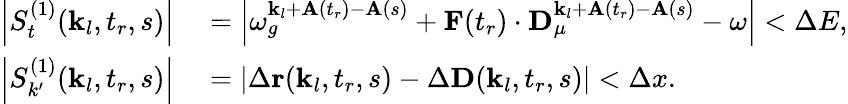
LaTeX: \begin{array}{rl}{\left|S_{t}^{(1)}(\textbf{k}_{l},t_{r},s)\right|}&{{}=\left|\omega_{g}^{\textbf{k}_{l}+\textbf{A}(t_{r})-\textbf{A}(s)}+\textbf{F}(t_{r})\cdot\textbf{D}_{\mu}^{\textbf{k}_{l}+\textbf{A}(t_{r})-\textbf{A}(s)}-\omega\right|<\Delta E,}\\ {\left|S_{k^{\prime}}^{(1)}(\textbf{k}_{l},t_{r},s)\right|}&{{}=\left|\Delta\textbf{r}(\textbf{k}_{l},t_{r},s)-\Delta\textbf{D}(\textbf{k}_{l},t_{r},s)\right|<\Delta x.}\end{array}